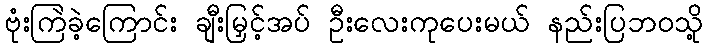
ဗုံးကြဲခဲ့ကြောင်း ချီးမြှင့်အပ် ဦးလေးကုပေးမယ် နည်းပြဘဝသို့